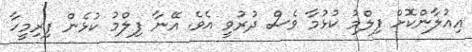
އިއުލާންކޮށް ފިލްމު ކުޅުމާ ވެސް ދުރުވީ އެވެ. އޭނާ ފިލްމު ކުޅެން ފިރިމީހާ